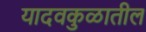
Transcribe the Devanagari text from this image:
यादवकुळातील